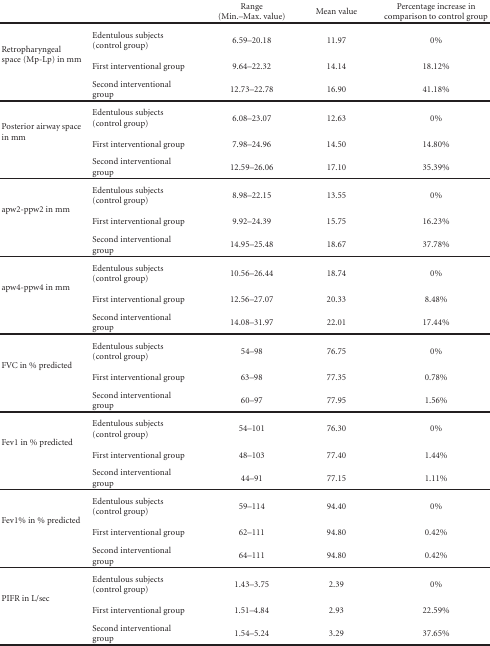
|  |  | Range (Min.–Max. value) | Mean value | Percentage increase in comparison to control group |
 | --- | --- | --- | --- | --- |
 | <ROWSPAN=3> Retropharyngeal space (Mp-Lp) in mm | Edentulous subjects (control group) | 6.59–20.18 | 11.97 | 0% |
 | First interventional group | 9.64–22.32 | 14.14 | 18.12% |
 | Second interventional group | 12.73–22.78 | 16.90 | 41.18% |
 | <ROWSPAN=3> Posterior airway space in mm | Edentulous subjects (control group) | 6.08–23.07 | 12.63 | 0% |
 | First interventional group | 7.98–24.96 | 14.50 | 14.80% |
 | Second interventional group | 12.59–26.06 | 17.10 | 35.39% |
 | <ROWSPAN=3> apw2-ppw2 in mm | Edentulous subjects (control group) | 8.98–22.15 | 13.55 | 0% |
 | First interventional group | 9.92–24.39 | 15.75 | 16.23% |
 | Second interventional group | 14.95–25.48 | 18.67 | 37.78% |
 | <ROWSPAN=3> apw4-ppw4 in mm | Edentulous subjects (control group) | 10.56–26.44 | 18.74 | 0% |
 | First interventional group | 12.56–27.07 | 20.33 | 8.48% |
 | Second interventional group | 14.08–31.97 | 22.01 | 17.44% |
 | <ROWSPAN=3> FVC in % predicted | Edentulous subjects (control group) | 54–98 | 76.75 | 0% |
 | First interventional group | 63–98 | 77.35 | 0.78% |
 | Second interventional group | 60–97 | 77.95 | 1.56% |
 | <ROWSPAN=3> Fev1 in % predicted | Edentulous subjects (control group) | 54–101 | 76.30 | 0% |
 | First interventional group | 48–103 | 77.40 | 1.44% |
 | Second interventional group | 44–91 | 77.15 | 1.11% |
 | <ROWSPAN=3> Fev1% in % predicted | Edentulous subjects (control group) | 59–114 | 94.40 | 0% |
 | First interventional group | 62–111 | 94.80 | 0.42% |
 | Second interventional group | 64–111 | 94.80 | 0.42% |
 | <ROWSPAN=3> PIFR in L/sec | Edentulous subjects (control group) | 1.43–3.75 | 2.39 | 0% |
 | First interventional group | 1.51–4.84 | 2.93 | 22.59% |
 | Second interventional group | 1.54–5.24 | 3.29 | 37.65% |